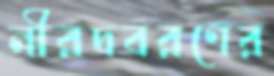
নীরদবরণের